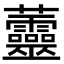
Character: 䖅